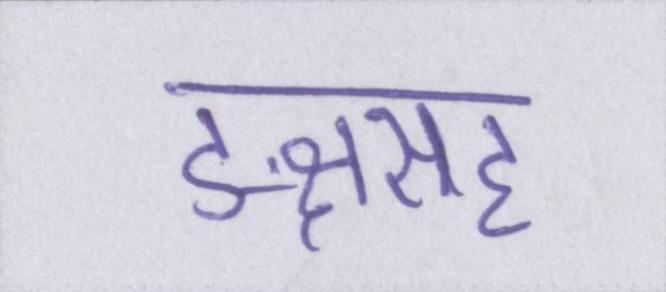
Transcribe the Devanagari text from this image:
ङ्क्षसह